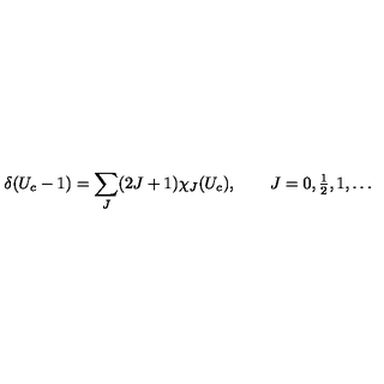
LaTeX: \delta ( U _ { c } - 1 ) = \sum _ { J } ( 2 J + 1 ) \chi _ { J } ( U _ { c } ) , \qquad J = 0 , { \textstyle { \frac { 1 } { 2 } } } , 1 , \dots